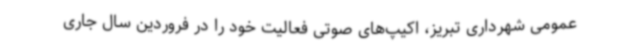
عمومی شهرداری تبریز، اکیپ‌های صوتی فعالیت خود را در فروردین سال جاری